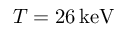
T = 2 6 \, \mathrm { k e V }